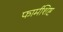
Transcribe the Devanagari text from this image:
फार्मशिष्ट